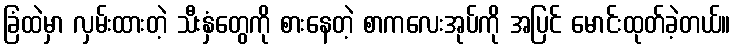
ခြံထဲမှာ လှမ်းထားတဲ့ သီးနှံတွေကို စားနေတဲ့ စာကလေးအုပ်ကို အပြင် မောင်းထုတ်ခဲ့တယ်။